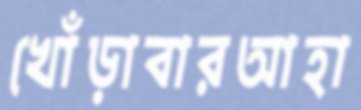
খোঁড়াবারআহা